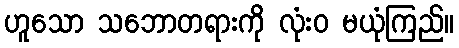
ဟူသော သဘောတရားကို လုံးဝ မယုံကြည်။